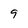
Character: 9